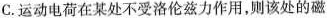
C.运动电荷在某处不受洛伦兹力作用，则该处的磁